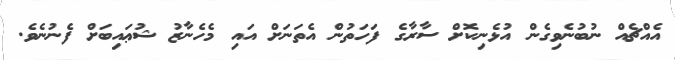
އެއްޗެއް ނުބުނެވިގެން އުޅެނިކޮށް ސާރާގެ ފަހަތުން އެތަނަށް އައި މެހެނާޒު ޝުޢައިބަށް ފެނުނެވެ.